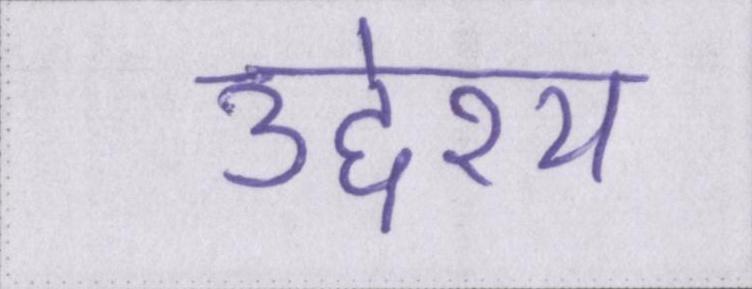
उद्देश्य